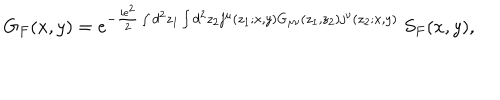
G _ { F } ( x , y ) = e ^ { - { \frac { i e ^ { 2 } } { 2 } } \int d ^ { 2 } z _ { 1 } \int d ^ { 2 } z _ { 2 } j ^ { \mu } ( z _ { 1 } ; x , y ) G _ { \mu \nu } ( z _ { 1 } , z _ { 2 } ) j ^ { \nu } ( z _ { 2 } ; x , y ) } ~ S _ { F } ( x , y ) ,